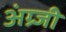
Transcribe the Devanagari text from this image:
अंग्र्जी